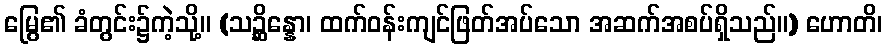
မြွေ၏ ခံတွင်း၌ကဲ့သို့။ (သဉ္ဆိန္နော၊ ထက်ဝန်းကျင်ဖြတ်အပ်သော အဆက်အစပ်ရှိသည်။) ဟောတိ၊